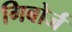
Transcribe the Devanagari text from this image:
गिबोर्ज